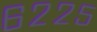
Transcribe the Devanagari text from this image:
६२२५